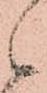
候